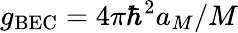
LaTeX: g_{\mathrm{BEC}}=4\pi\hbar^{2}a_{M}/M